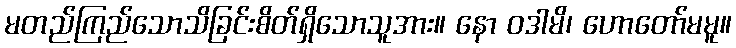
မတည်ကြည်သောသိခြင်းစိတ်ရှိသောသူအား။ နော ဝဒါမိ၊ ဟောတော်မမူ။